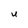
Character: U